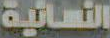
النسائية